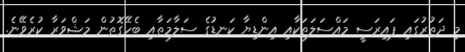
މި ދަތުރުގައި ޕައިރަސީ މައްސަލަތަކާއި އިންޑިޔާ ކަނޑުގެ ސަލާމަތާއި ބެހޭގޮތުން މަޝްވަރާ ކުރެވޭނެ.